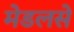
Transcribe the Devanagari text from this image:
मेडलसे